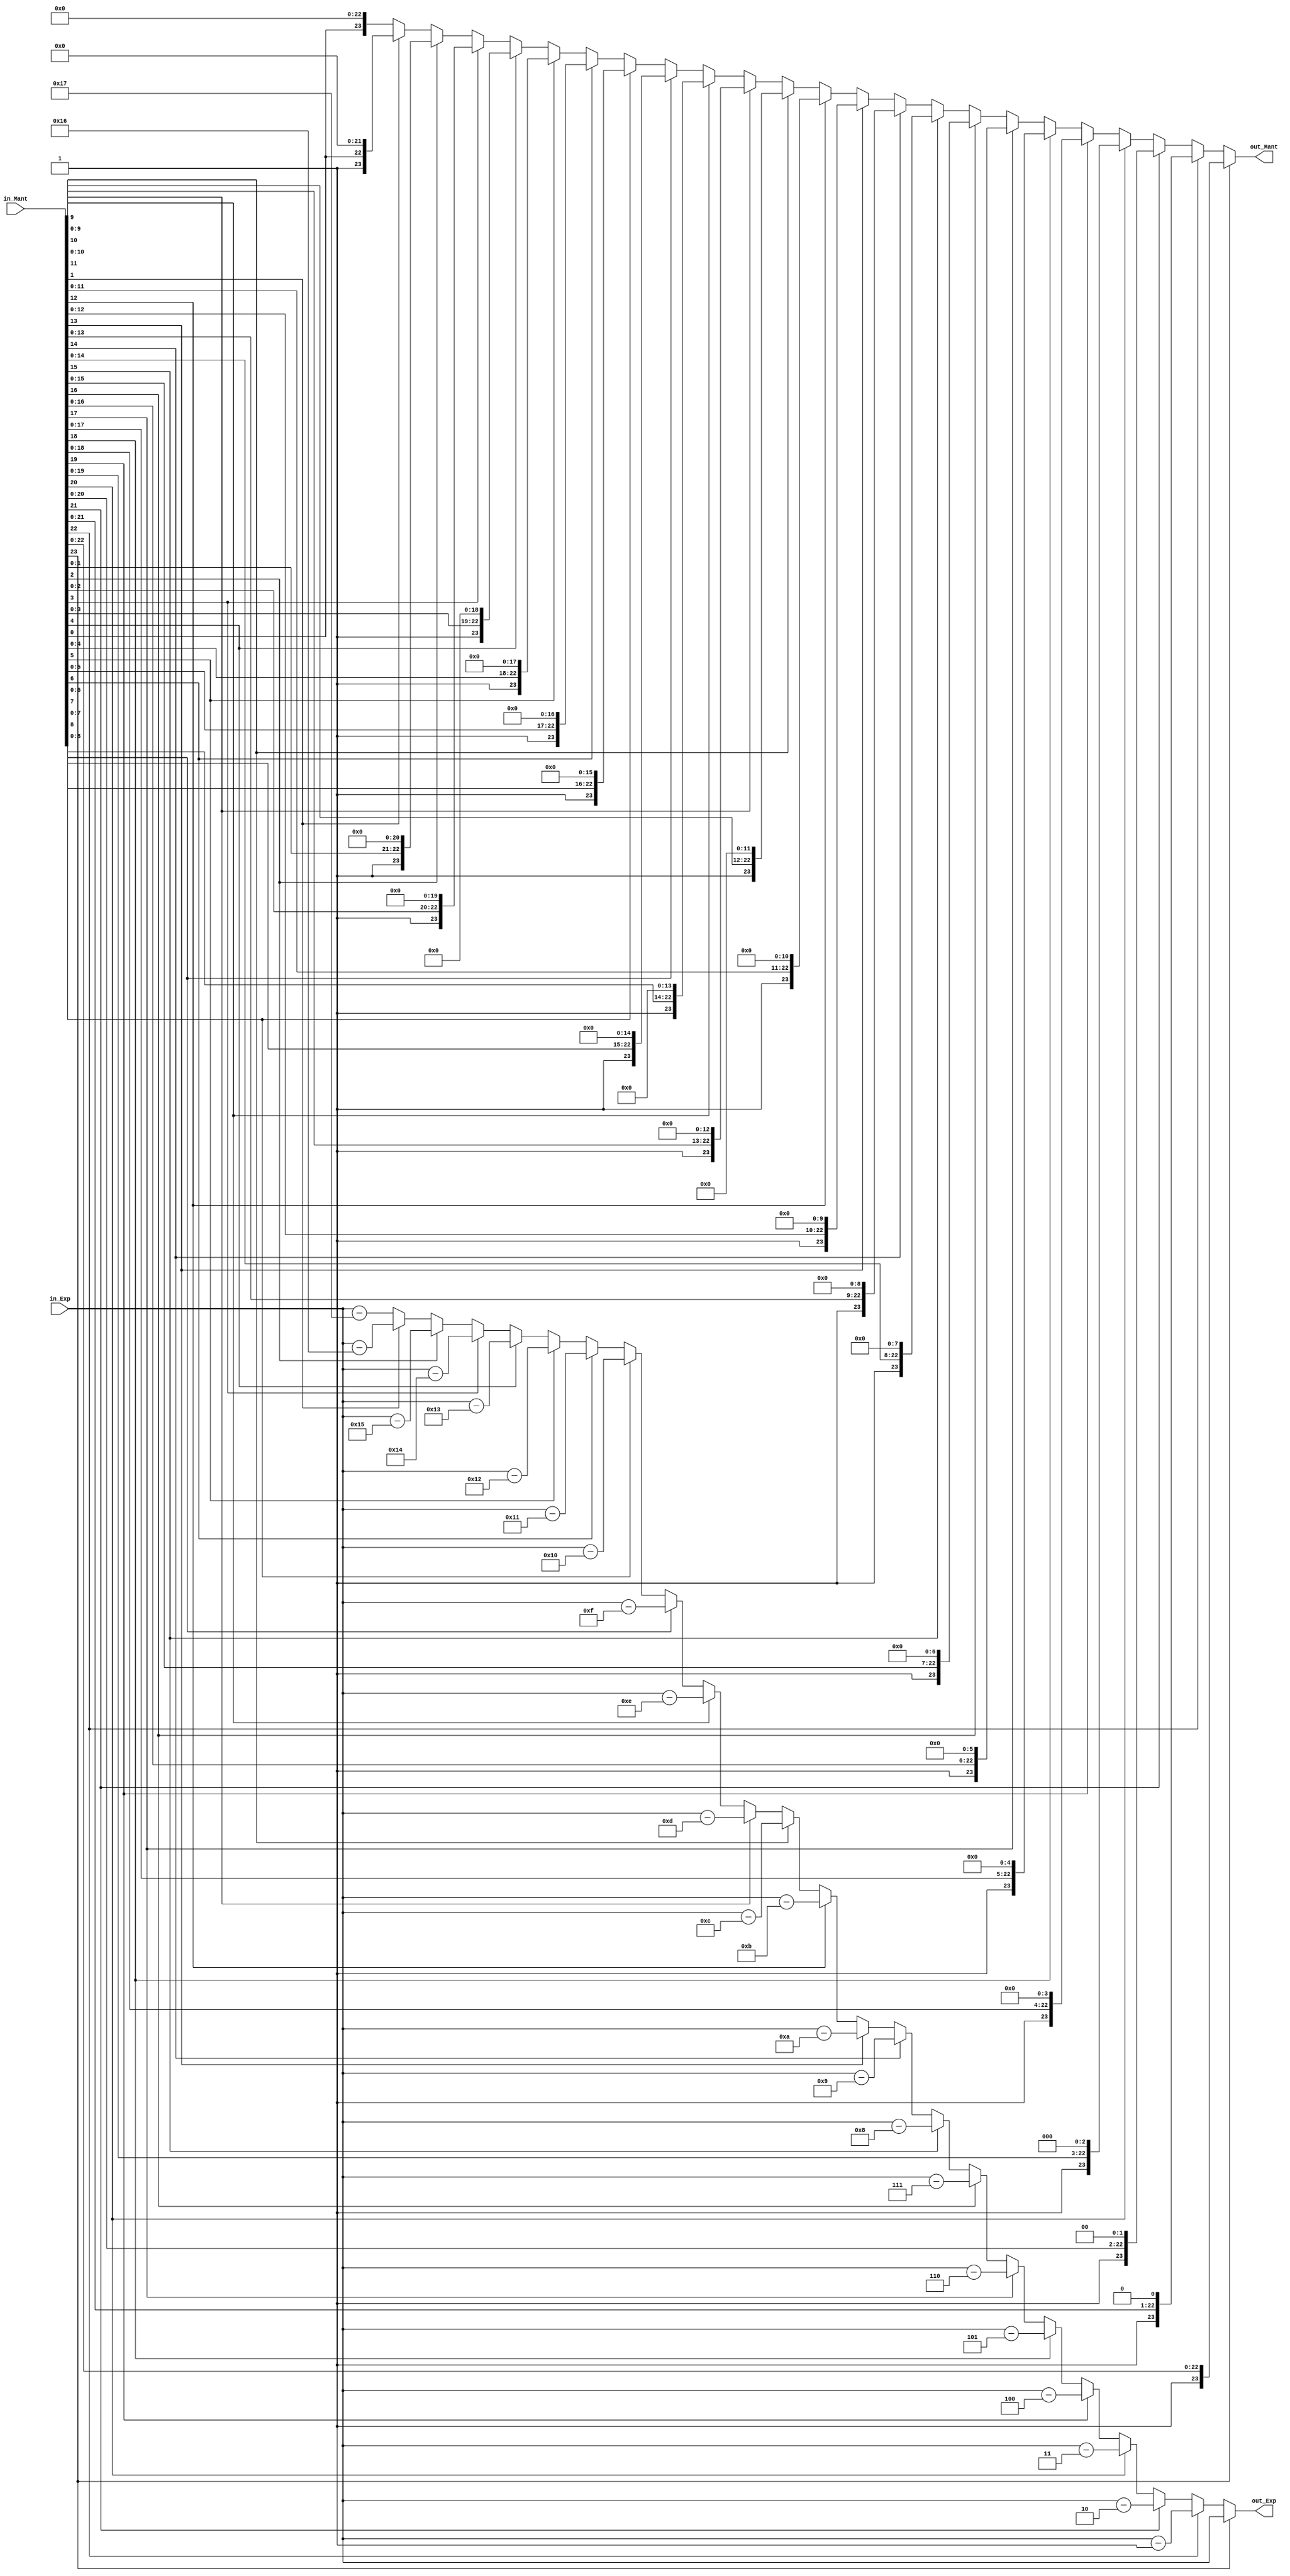
// Divider Normaliser
module DivNorm(in_Exp, in_Mant, out_Exp, out_Mant);
    parameter EXP_WIDTH = 8;
    parameter MANT_WIDTH = 23;

    input   [EXP_WIDTH - 1:0] in_Exp;
    input   [MANT_WIDTH:0] in_Mant;

    output reg   [EXP_WIDTH - 1:0] out_Exp;
    output reg   [MANT_WIDTH:0] out_Mant;

    always @ (*) begin
        if (in_Mant[23]) begin out_Exp = in_Exp; out_Mant = in_Mant; end
        else if (in_Mant[22]) begin out_Exp = in_Exp - 8'd1; out_Mant = in_Mant << 1; end
        else if (in_Mant[21]) begin out_Exp = in_Exp - 8'd2; out_Mant = in_Mant << 2; end
        else if (in_Mant[20]) begin out_Exp = in_Exp - 8'd3; out_Mant = in_Mant << 3; end
        else if (in_Mant[19]) begin out_Exp = in_Exp - 8'd4; out_Mant = in_Mant << 4; end
        else if (in_Mant[18]) begin out_Exp = in_Exp - 8'd5; out_Mant = in_Mant << 5; end
        else if (in_Mant[17]) begin out_Exp = in_Exp - 8'd6; out_Mant = in_Mant << 6; end
        else if (in_Mant[16]) begin out_Exp = in_Exp - 8'd7; out_Mant = in_Mant << 7; end
        else if (in_Mant[15]) begin out_Exp = in_Exp - 8'd8; out_Mant = in_Mant << 8; end
        else if (in_Mant[14]) begin out_Exp = in_Exp - 8'd9; out_Mant = in_Mant << 9; end
        else if (in_Mant[13]) begin out_Exp = in_Exp - 8'd10; out_Mant = in_Mant << 10; end
        else if (in_Mant[12]) begin out_Exp = in_Exp - 8'd11; out_Mant = in_Mant << 11; end
        else if (in_Mant[11]) begin out_Exp = in_Exp - 8'd12; out_Mant = in_Mant << 12; end
        else if (in_Mant[10]) begin out_Exp = in_Exp - 8'd13; out_Mant = in_Mant << 13; end
        else if (in_Mant[9]) begin out_Exp = in_Exp - 8'd14; out_Mant = in_Mant << 14; end
        else if (in_Mant[8]) begin out_Exp = in_Exp - 8'd15; out_Mant = in_Mant << 15; end
        else if (in_Mant[7]) begin out_Exp = in_Exp - 8'd16; out_Mant = in_Mant << 16; end
        else if (in_Mant[6]) begin out_Exp = in_Exp - 8'd17; out_Mant = in_Mant << 17; end
        else if (in_Mant[5]) begin out_Exp = in_Exp - 8'd18; out_Mant = in_Mant << 18; end
        else if (in_Mant[4]) begin out_Exp = in_Exp - 8'd19; out_Mant = in_Mant << 19; end
        else if (in_Mant[3]) begin out_Exp = in_Exp - 8'd20; out_Mant = in_Mant << 20; end
        else if (in_Mant[2]) begin out_Exp = in_Exp - 8'd21; out_Mant = in_Mant << 21; end
        else if (in_Mant[1]) begin out_Exp = in_Exp - 8'd22; out_Mant = in_Mant << 22; end
        else begin out_Exp = in_Exp - 8'd23; out_Mant = in_Mant << 23; end
    end
endmodule